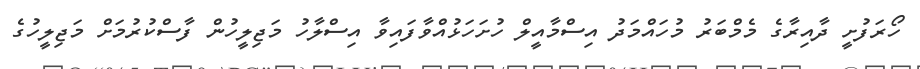
ހޯރަފުށީ ދާއިރާގެ މެމްބަރު މުހައްމަދު އިސްމާއީލް ހުށަހަޅުއްވާފައިވާ އިސްލާހު މަޖިލީހުން ފާސްކުރުމަށް މަޖިލީހުގެ